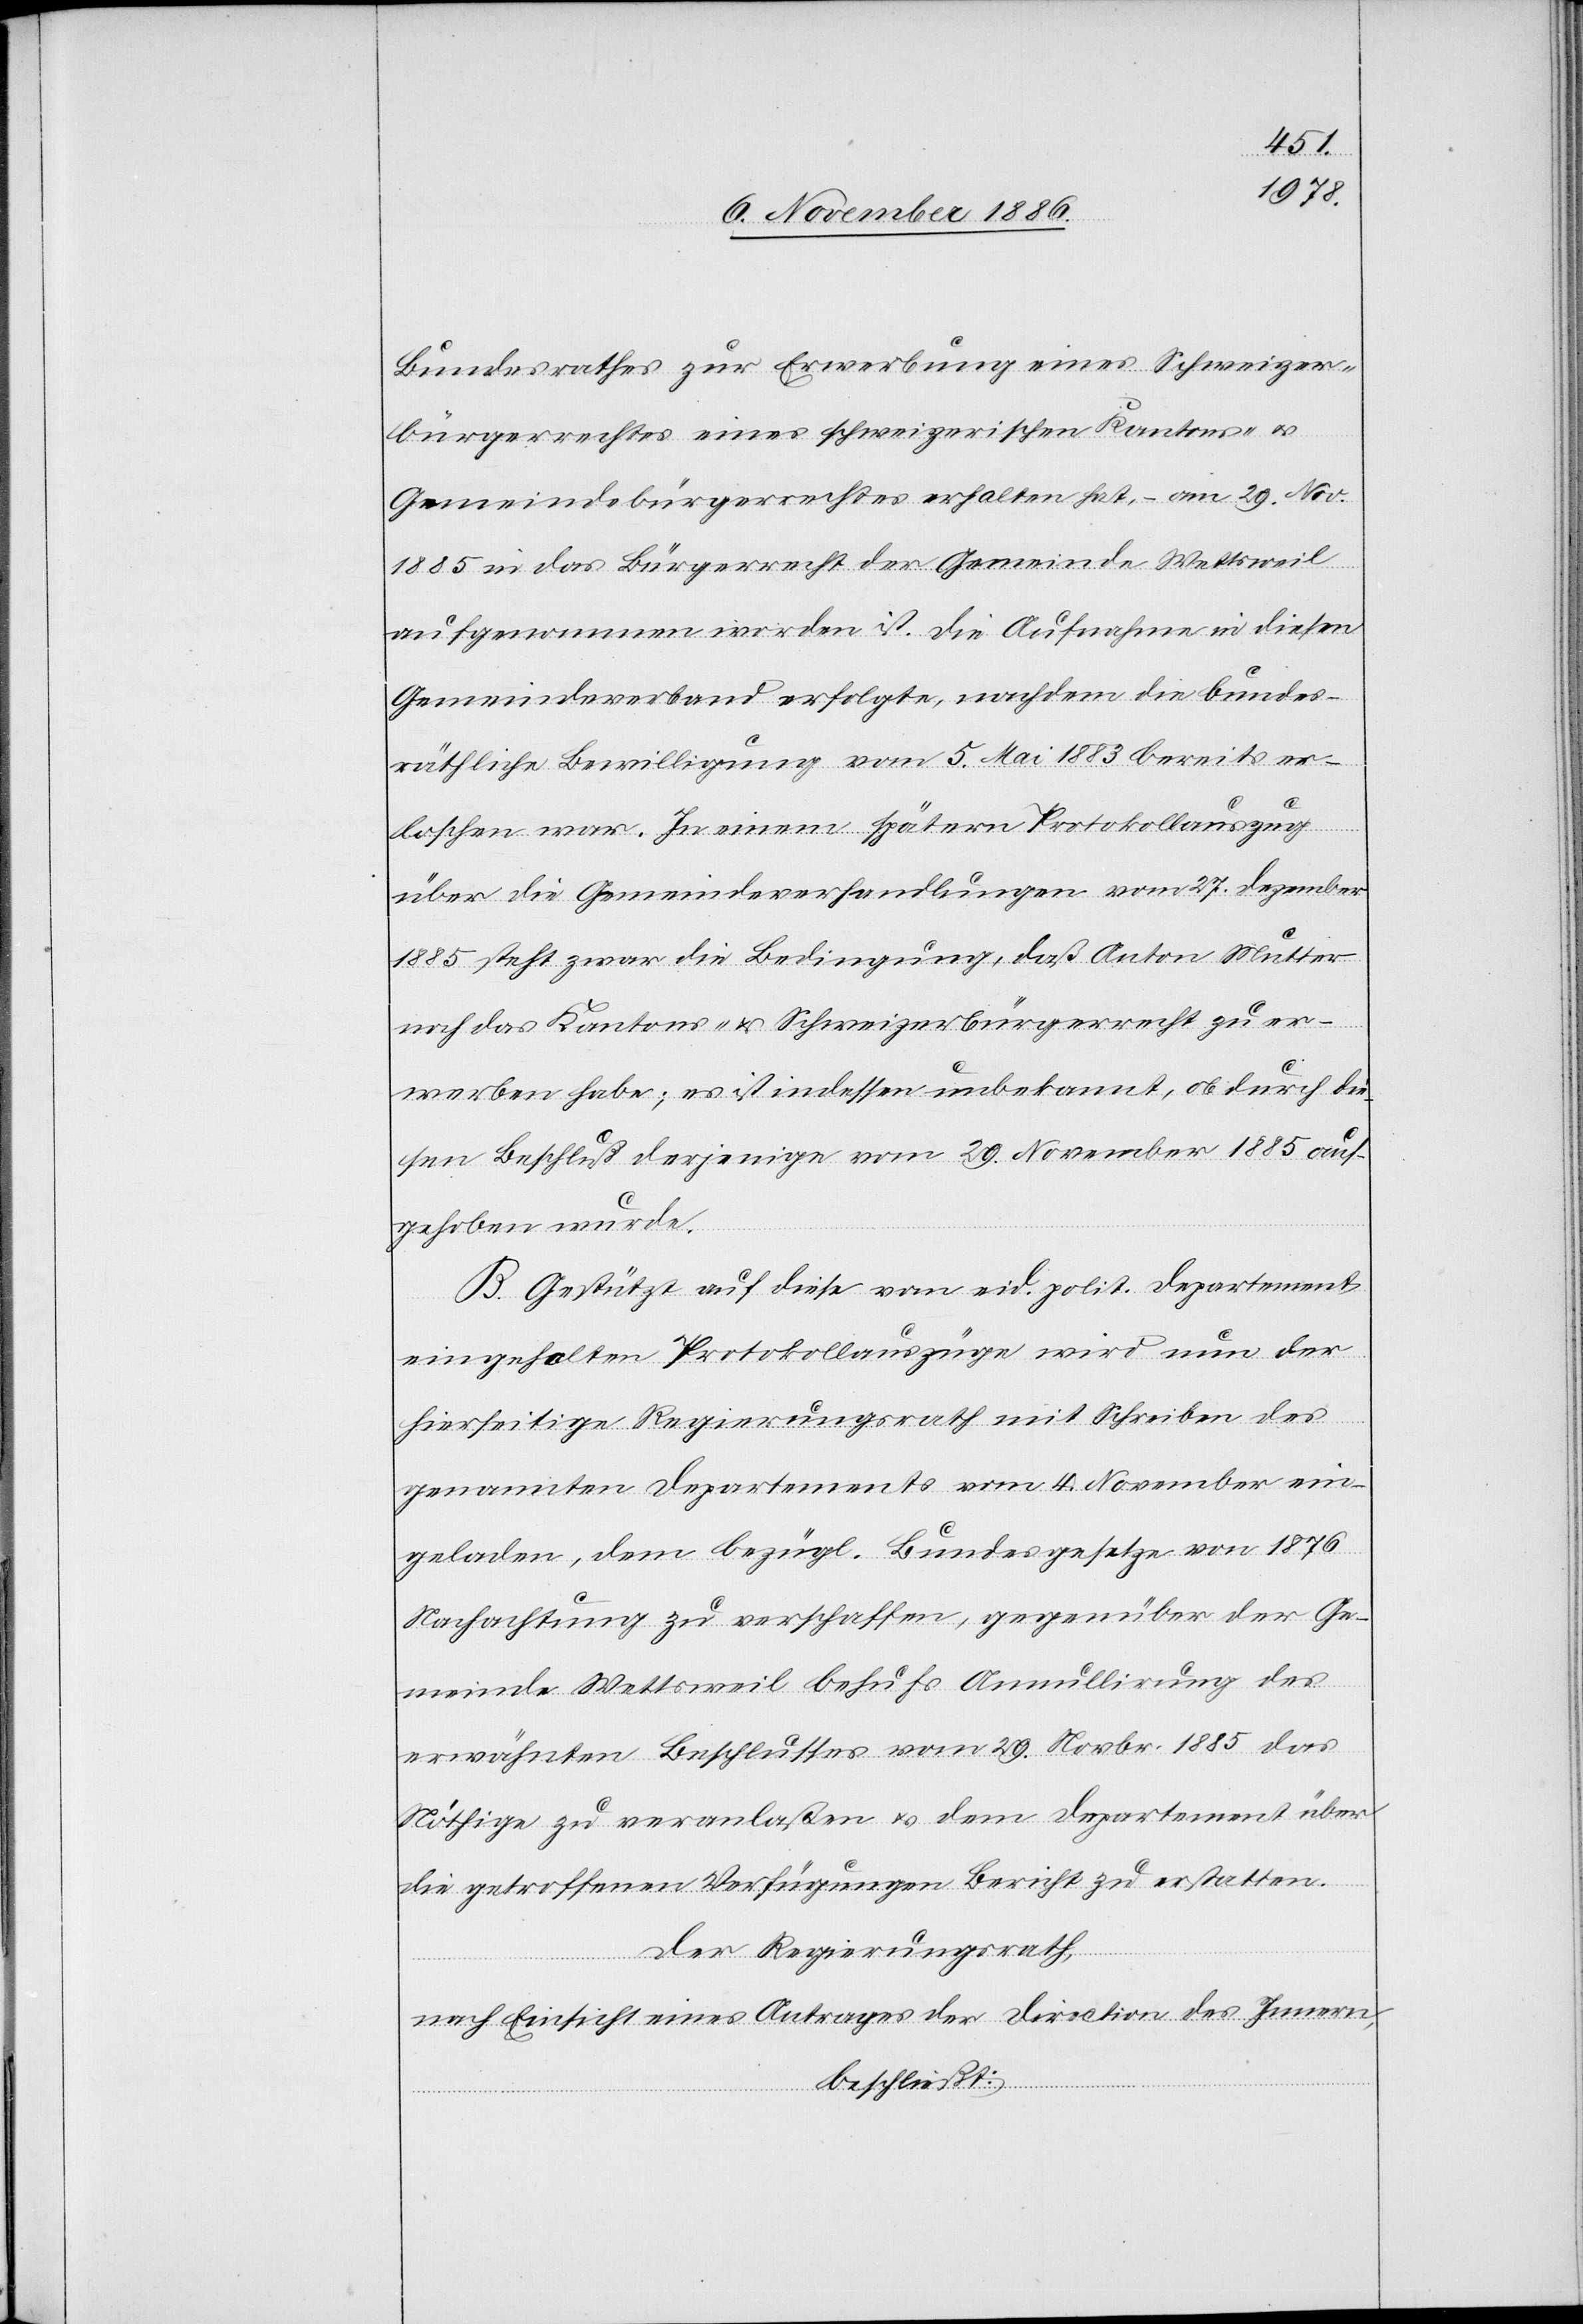
Bundesrathes zur Erwerbung eines Schweizer¬
bürgerrechtes eines schweizerischen Kantons- &
Gemeindebürgerrechtes erhalten hat [sic!], – am 29. Nov.
1885 in das Bürgerrecht der Gemeinde Wettsweil
aufgenommen worden ist. Die Aufnahme in diesen
Gemeindeverband erfolgte, nachdem die bundes¬
räthliche Bewilligung vom 5. Mai 1883 bereits er¬
loschen war. In einem spätern Protokollauszug
über die Gemeindeverhandlungen vom 27. Dezember
1885 steht zwar die Bedingung, daß Anton Mutter
noch das Kantons- & Schweizerbürgerrecht zu er¬
werben habe; es ist indessen unbekannt, ob durch die¬
sen Beschluß derjenige vom 29. November 1885 auf¬
gehoben wurde.
B. Gestützt auf diese vom eid. polit. Departement
eingeholten Protokollauszüge wird nun der
hierseitige Regierungsrath mit Schreiben des
genannten Departements vom 4. November ein¬
geladen, dem bezügl. Bundesgesetze von 1876
Nachachtung zu verschaffen, gegenüber der Ge¬
meinde Wettsweil behufs Annullirung des
erwähnten Beschlusses vom 29. Novbr. 1885 das
Nöthige zu veranlaßen & dem Departement über
die getroffenen Verfügungen Bericht zu erstatten.
Der Regierungsrath,
nach Einsicht eines Antrages der Direction des Innern,
beschließt: